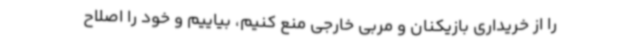
را از خریداری بازیکنان و مربی خارجی منع کنیم، بیاییم و خود را اصلاح